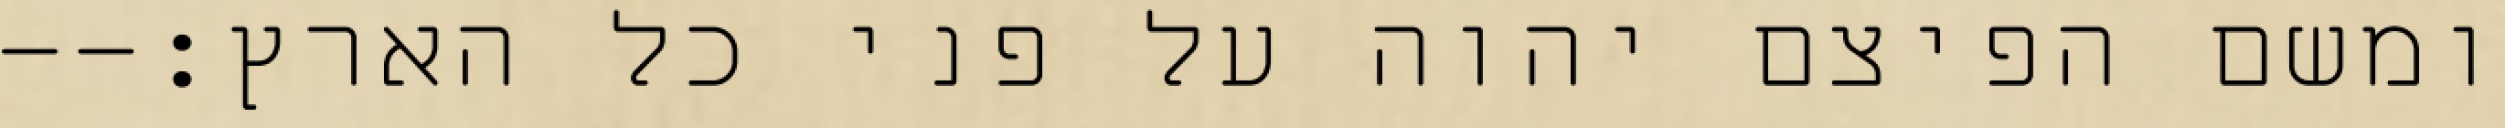
ומשם הפיצם יהוה על פני כל הארץ׃--